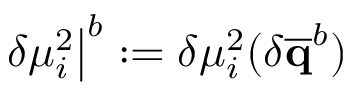
\left. \delta \mu _ { i } ^ { 2 } \right| ^ { b } : = \delta \mu _ { i } ^ { 2 } ( \delta \mathbf { \overline { { q } } } ^ { b } )